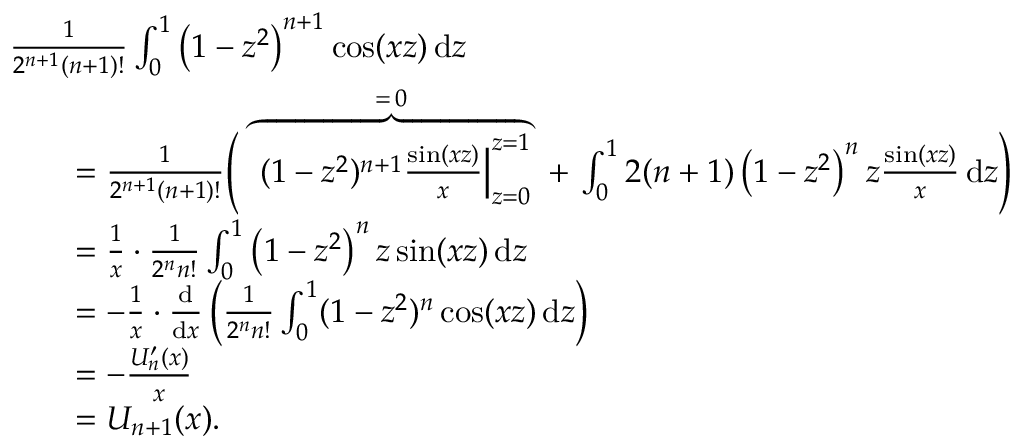
{ \begin{array} { r l } & { { \frac { 1 } { 2 ^ { n + 1 } ( n + 1 ) ! } } \int _ { 0 } ^ { 1 } \left( 1 - z ^ { 2 } \right) ^ { n + 1 } \cos ( x z ) \, \mathrm { d } z } \\ & { \qquad = { \frac { 1 } { 2 ^ { n + 1 } ( n + 1 ) ! } } { \Biggl ( } \, \overbrace { \left. ( 1 - z ^ { 2 } ) ^ { n + 1 } { \frac { \sin ( x z ) } { x } } \right| _ { z = 0 } ^ { z = 1 } } ^ { = \, 0 } \ + \, \int _ { 0 } ^ { 1 } 2 ( n + 1 ) \left( 1 - z ^ { 2 } \right) ^ { n } z { \frac { \sin ( x z ) } { x } } \, \mathrm { d } z { \Biggr ) } } \\ & { \qquad = { \frac { 1 } { x } } \cdot { \frac { 1 } { 2 ^ { n } n ! } } \int _ { 0 } ^ { 1 } \left( 1 - z ^ { 2 } \right) ^ { n } z \sin ( x z ) \, \mathrm { d } z } \\ & { \qquad = - { \frac { 1 } { x } } \cdot { \frac { \mathrm { d } } { \mathrm { d } x } } \left( { \frac { 1 } { 2 ^ { n } n ! } } \int _ { 0 } ^ { 1 } ( 1 - z ^ { 2 } ) ^ { n } \cos ( x z ) \, \mathrm { d } z \right) } \\ & { \qquad = - { \frac { U _ { n } ^ { \prime } ( x ) } { x } } } \\ & { \qquad = U _ { n + 1 } ( x ) . } \end{array} }